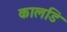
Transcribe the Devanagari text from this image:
कालडि